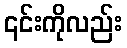
၎င်းကိုလည်း